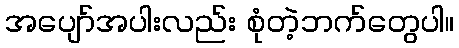
အပျော်အပါးလည်း စုံတဲ့ဘက်တွေပါ။